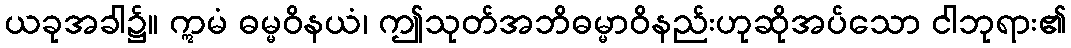
ယခုအခါ၌။ ဣမံ ဓမ္မဝိနယံ၊ ဤသုတ်အဘိဓမ္မာဝိနည်းဟုဆိုအပ်သော ငါဘုရား၏